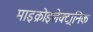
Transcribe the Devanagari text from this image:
माइक्रोइलेक्ट्रानिक